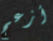
أزعج